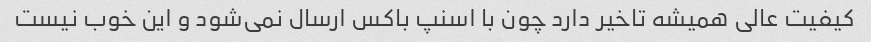
کیفیت عالی همیشه تاخیر دارد چون با اسنپ باکس ارسال نمی‌شود و این خوب نیست